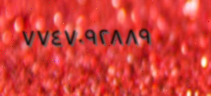
٧٧٤٧٠٩٢٨٨٩